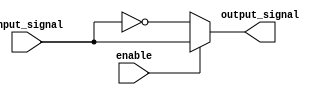
module active_low_buffer(
    input wire enable,
    input wire input_signal,
    output reg output_signal
);

assign output_signal = (enable == 1'b0) ? !input_signal : input_signal;

endmodule